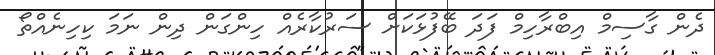
ދެން ގާސިމް އިބްރާހިމް ފަދަ ބޭފުޅަކަށް ސަރުކާރެއް ހިންގަން ދިން ނަމަ ކިހިނެއްތޯ